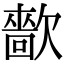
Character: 㱇